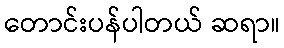
တောင်းပန်ပါတယ် ဆရာ။